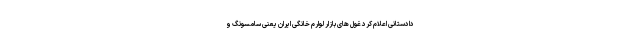
دادستانی اعلام کرد غول های بازار لوارم خانگی ایران یعنی سامسونگ و